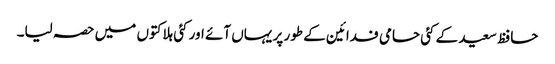
حافظ سعید کے کئی حامی فدائین کے طور پر یہاں آئے اور کئی ہلاکتوں میں حصہ لیا۔